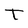
Character: T